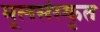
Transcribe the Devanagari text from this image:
मूलसंस्कृत